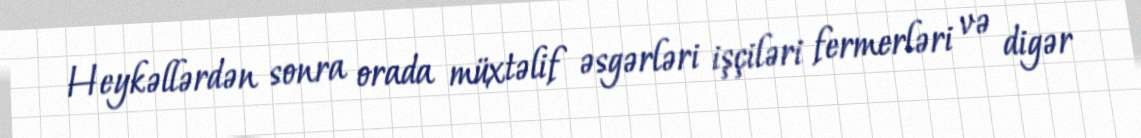
Heykəllərdən sonra orada müxtəlif əsgərləri işçiləri fermerləri və digər